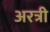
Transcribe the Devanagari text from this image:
अरत्री